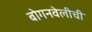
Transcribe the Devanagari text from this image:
बोगनवेलीची